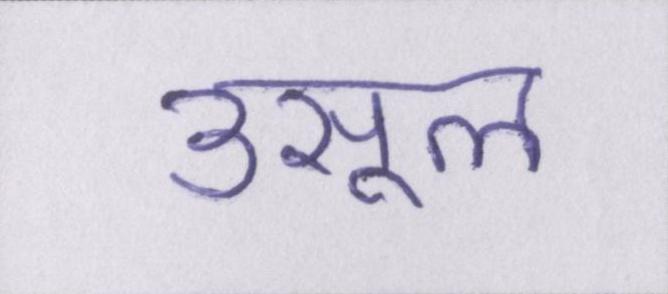
उसूल